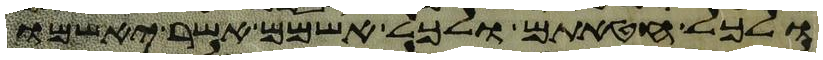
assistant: ולכל חטאתם ולכל אשמם אשר יאשמו